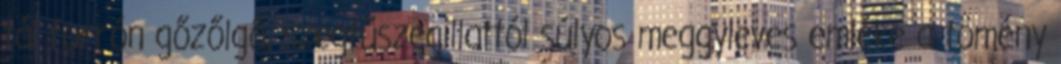
tál forrón gőzőlgő, szegfűszegillattól súlyos meggyleves emléke a tömény